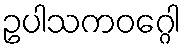
ဥပါသကဝဂ္ဂေါ